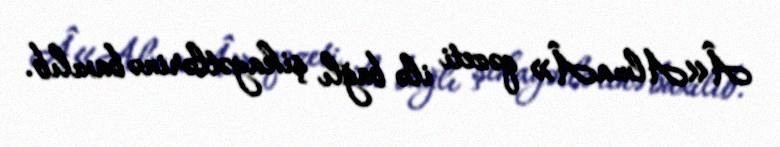
Â«AlmaÂ» qəzeti ilə bağlı şikayətlərinə baxılıb.